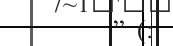
.] (: